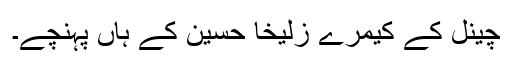
چینل کے کیمرے زُلیخا حُسین کے ہاں پہنچے۔